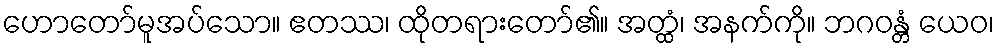
ဟောတော်မူအပ်သော။ ဧတဿ၊ ထိုတရားတော်၏။ အတ္ထံ၊ အနက်ကို။ ဘဂဝန္တံ ယေဝ၊